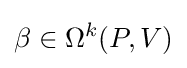
\beta \in \Omega ^{k}(P,V)